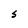
Character: S